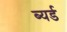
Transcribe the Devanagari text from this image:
ब्यर्ड